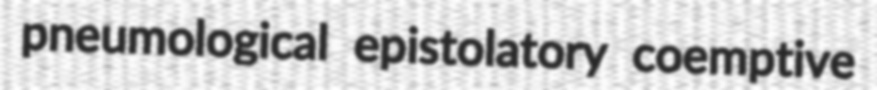
pneumological epistolatory coemptive